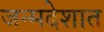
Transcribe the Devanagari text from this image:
जन्मदेशात